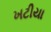
ખટીયા